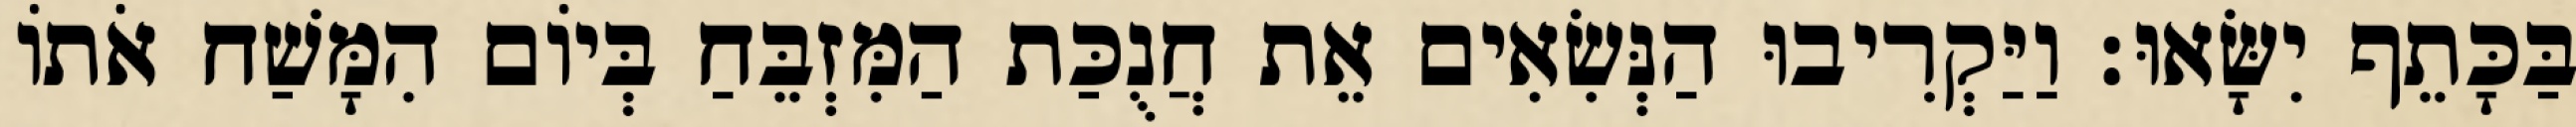
בַּכָּתֵף יִשָּׂאוּ׃ וַיַּקְרִיבוּ הַנְּשִׂאִים אֵת חֲנֻכַּת הַמִּזְבֵּחַ בְּיוֹם הִמָּשַׁח אֹתוֹ